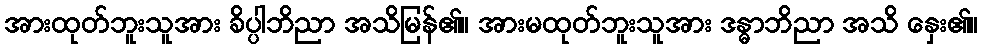
အားထုတ်ဘူးသူအား ခိပ္ပါဘိညာ အသိမြန်၏။ အားမထုတ်ဘူးသူအား ဒန္ဓာဘိညာ အသိ နှေး၏။